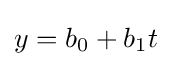
y=b_{0}+b_{1}t\,\!